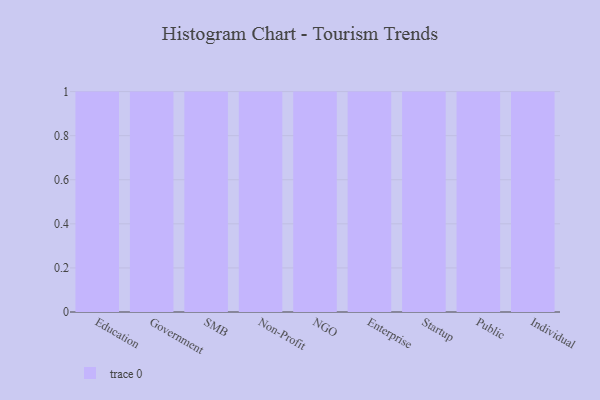
{"axis": {"x": "Segment", "y": "Website Visitors"}, "legend": [""], "data": [{"x": "Education", "y": 71, "type": ""}, {"x": "Government", "y": 94, "type": ""}, {"x": "SMB", "y": 19, "type": ""}, {"x": "Non-Profit", "y": 68, "type": ""}, {"x": "NGO", "y": 37, "type": ""}, {"x": "Enterprise", "y": 56, "type": ""}, {"x": "Startup", "y": 29, "type": ""}, {"x": "Public", "y": 73, "type": ""}, {"x": "Individual", "y": 78, "type": ""}]}